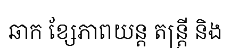
ឆាក ខ្សែភាពយន្ត តន្ត្រី និង